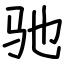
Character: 驰